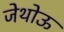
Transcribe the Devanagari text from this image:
जेथोऊ